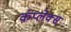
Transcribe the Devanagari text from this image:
कंप्लेक्स